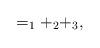
LaTeX: \begin{align*}=_1+_2+_3,\end{align*}